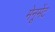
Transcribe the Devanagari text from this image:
मेनूमेंट